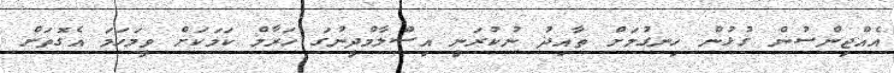
އެއްޖިންސުން ގުޅުން ހިނގުމަށް ތާއިދު ނުކުރަނީ އިސްލާމްދީނުގަ ހަރާމް ކަމަކަށް ވީމަހަަމަ އެގޮތަށް